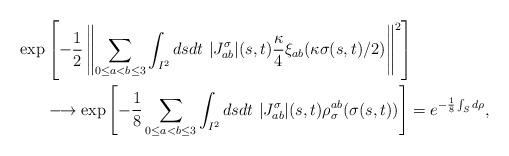
LaTeX: \begin{align*}\exp&\left[ -\frac{1}{2}\left\Vert\sum_{0\leq a<b \leq 3}\int_{I^2}dsdt\ |J_{ab}^\sigma|(s,t)\frac{\kappa}{4}\xi_{ab}(\kappa\sigma(s,t)/2) \right\Vert^2\right] \\&\longrightarrow \exp\left[ -\frac{1}{8} \sum_{0\leq a<b \leq 3}\int_{I^2} ds dt\ |J_{ab}^\sigma|(s,t) \rho_\sigma^{ab}(\sigma(s,t))\right] = e^{-\frac{1}{8}\int_S d\rho },\end{align*}